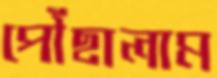
পৌঁছালাম